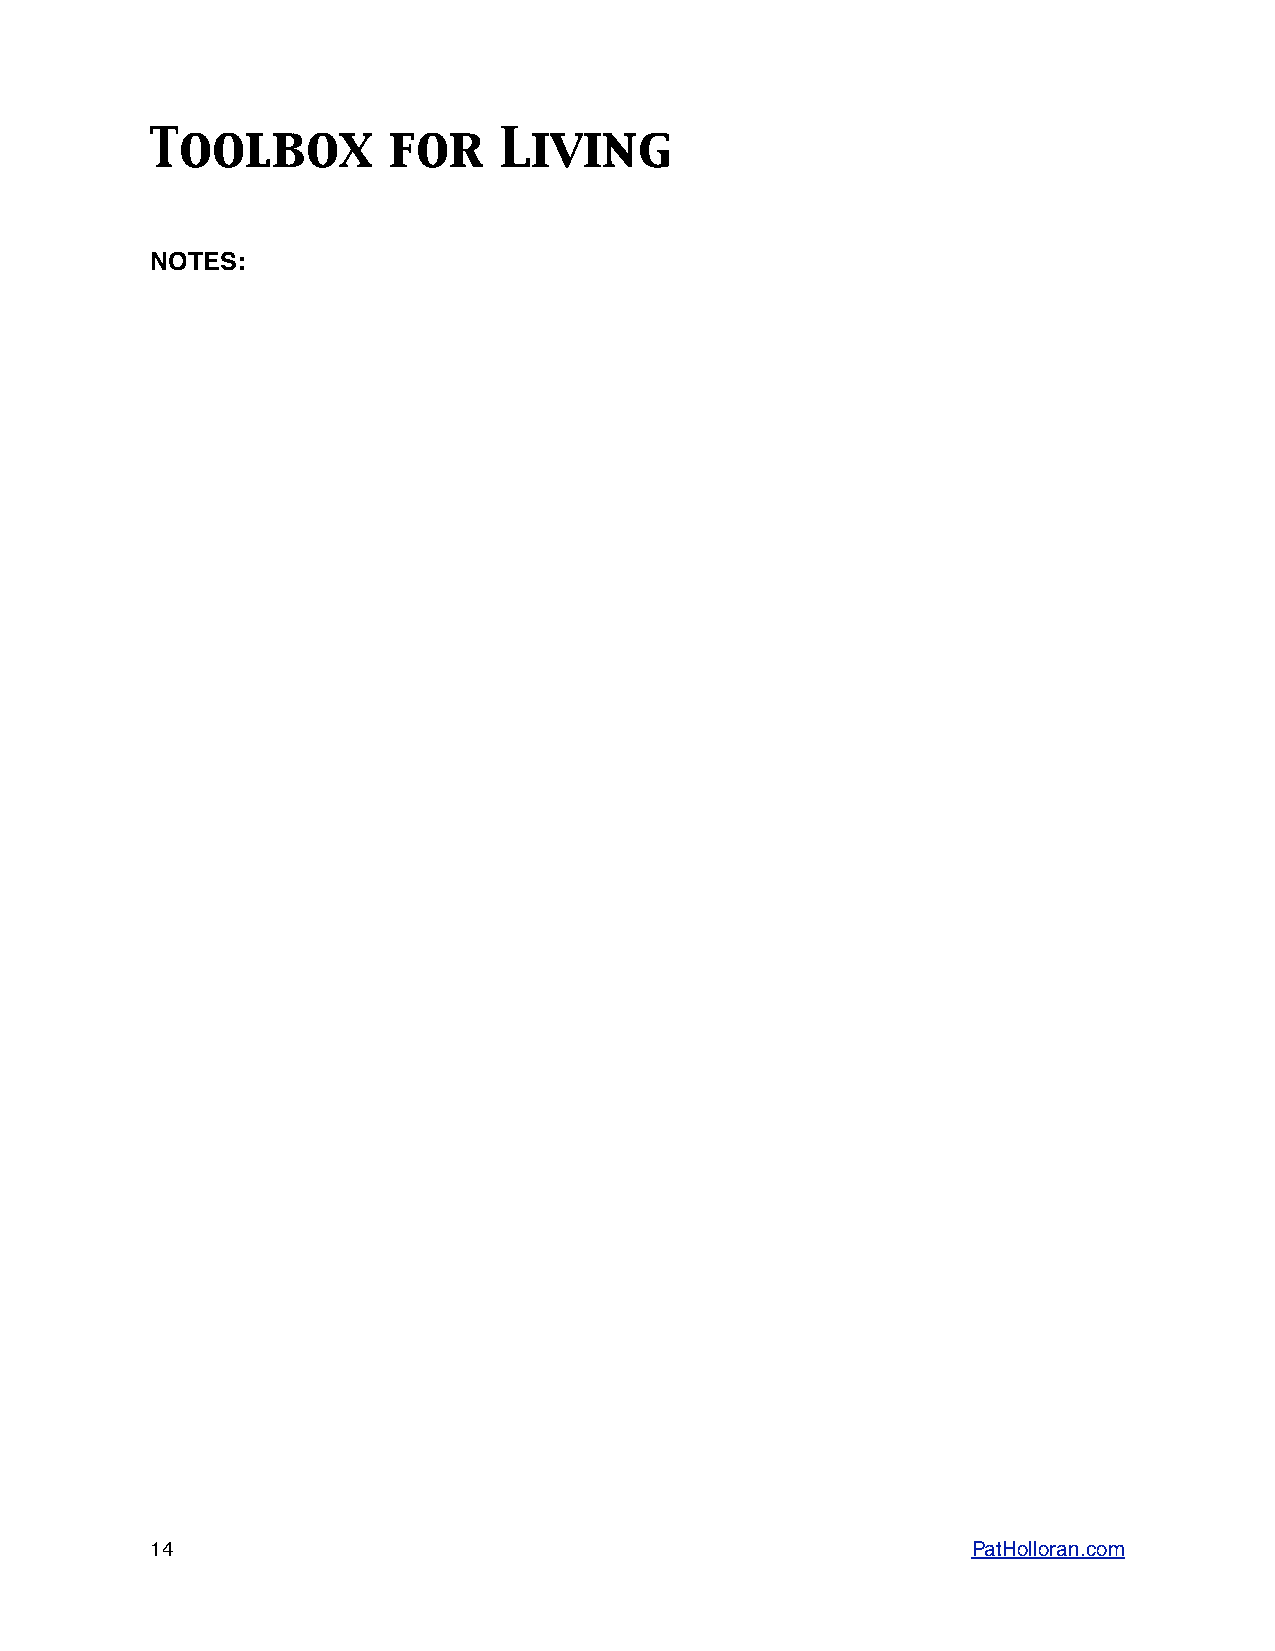
Toolbox         for    Living
 NOTES:
 14                                                    PatHolloran.com